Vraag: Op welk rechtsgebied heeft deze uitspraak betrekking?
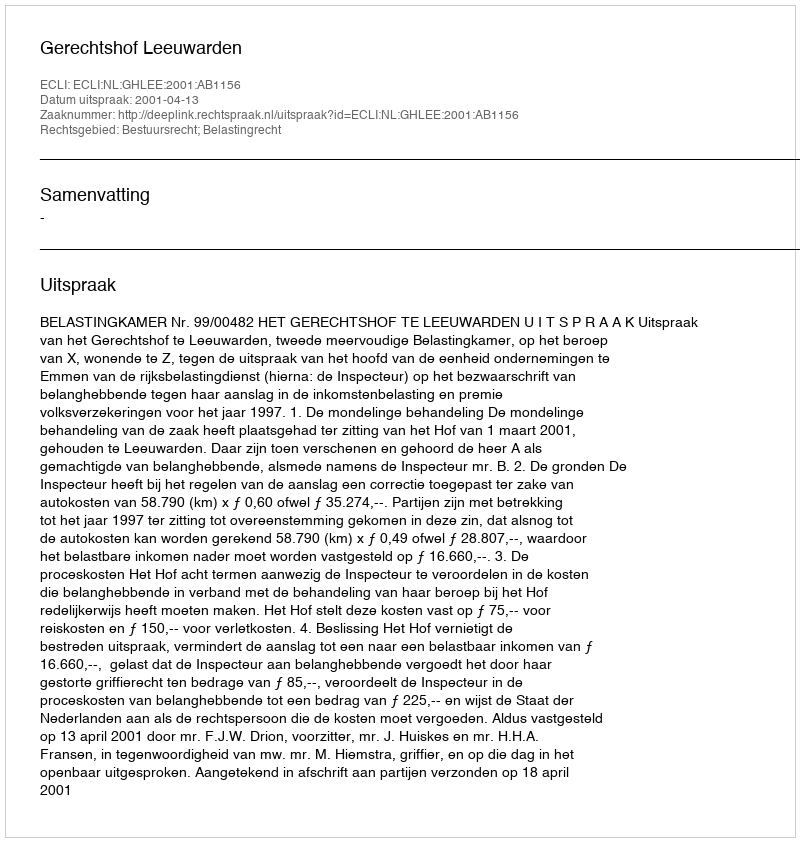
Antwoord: Bestuursrecht; Belastingrecht